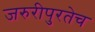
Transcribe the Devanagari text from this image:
जरुरीपुरतेच